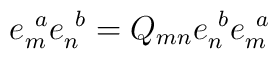
e_m^{\ a}e_n^{\ b}=Q_{mn}e_n^{\ b}e_m^{\ a}